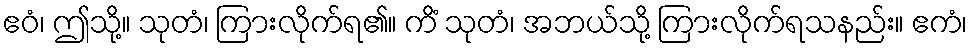
ဧဝံ၊ ဤသို့။ သုတံ၊ ကြားလိုက်ရ၏။ ကိံ သုတံ၊ အဘယ်သို့ ကြားလိုက်ရသနည်း။ ဧကံ၊